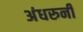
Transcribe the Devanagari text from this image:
अंधरुनी